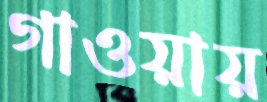
গাওয়ায়